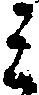
ミ